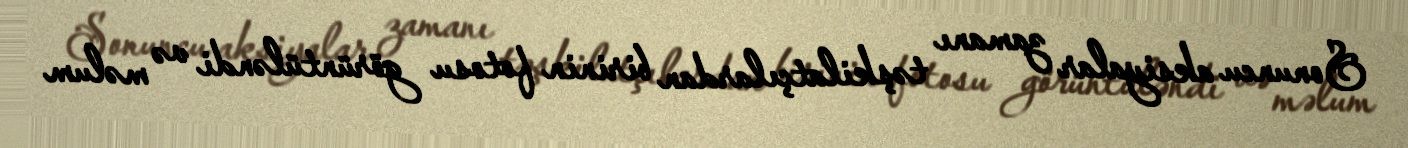
Sonuncu aksiyalar zamanı təşkilatçılardan birinin fotosu görüntüləndi və məlum